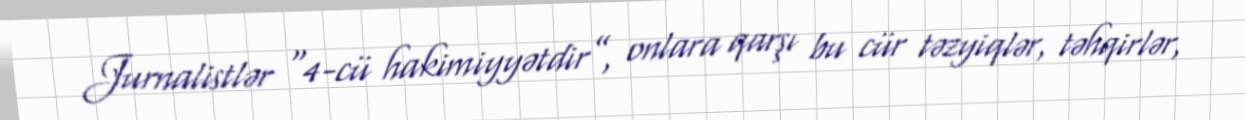
Jurnalistlər “4-cü hakimiyyətdir”, onlara qarşı bu cür təzyiqlər, təhqirlər,